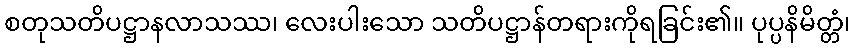
စတုသတိပဋ္ဌာနလာသဿ၊ လေးပါးသော သတိပဋ္ဌာန်တရားကိုရခြင်း၏။ ပုပ္ပနိမိတ္တံ၊